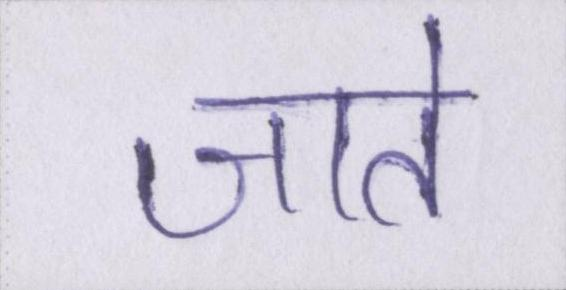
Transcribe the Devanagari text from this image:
जाते